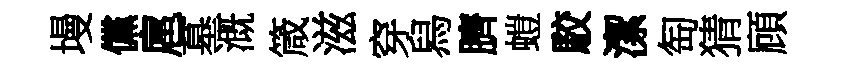
墁儻扈墓溉箴滋穿舄臍螘駮潔匋猜頋